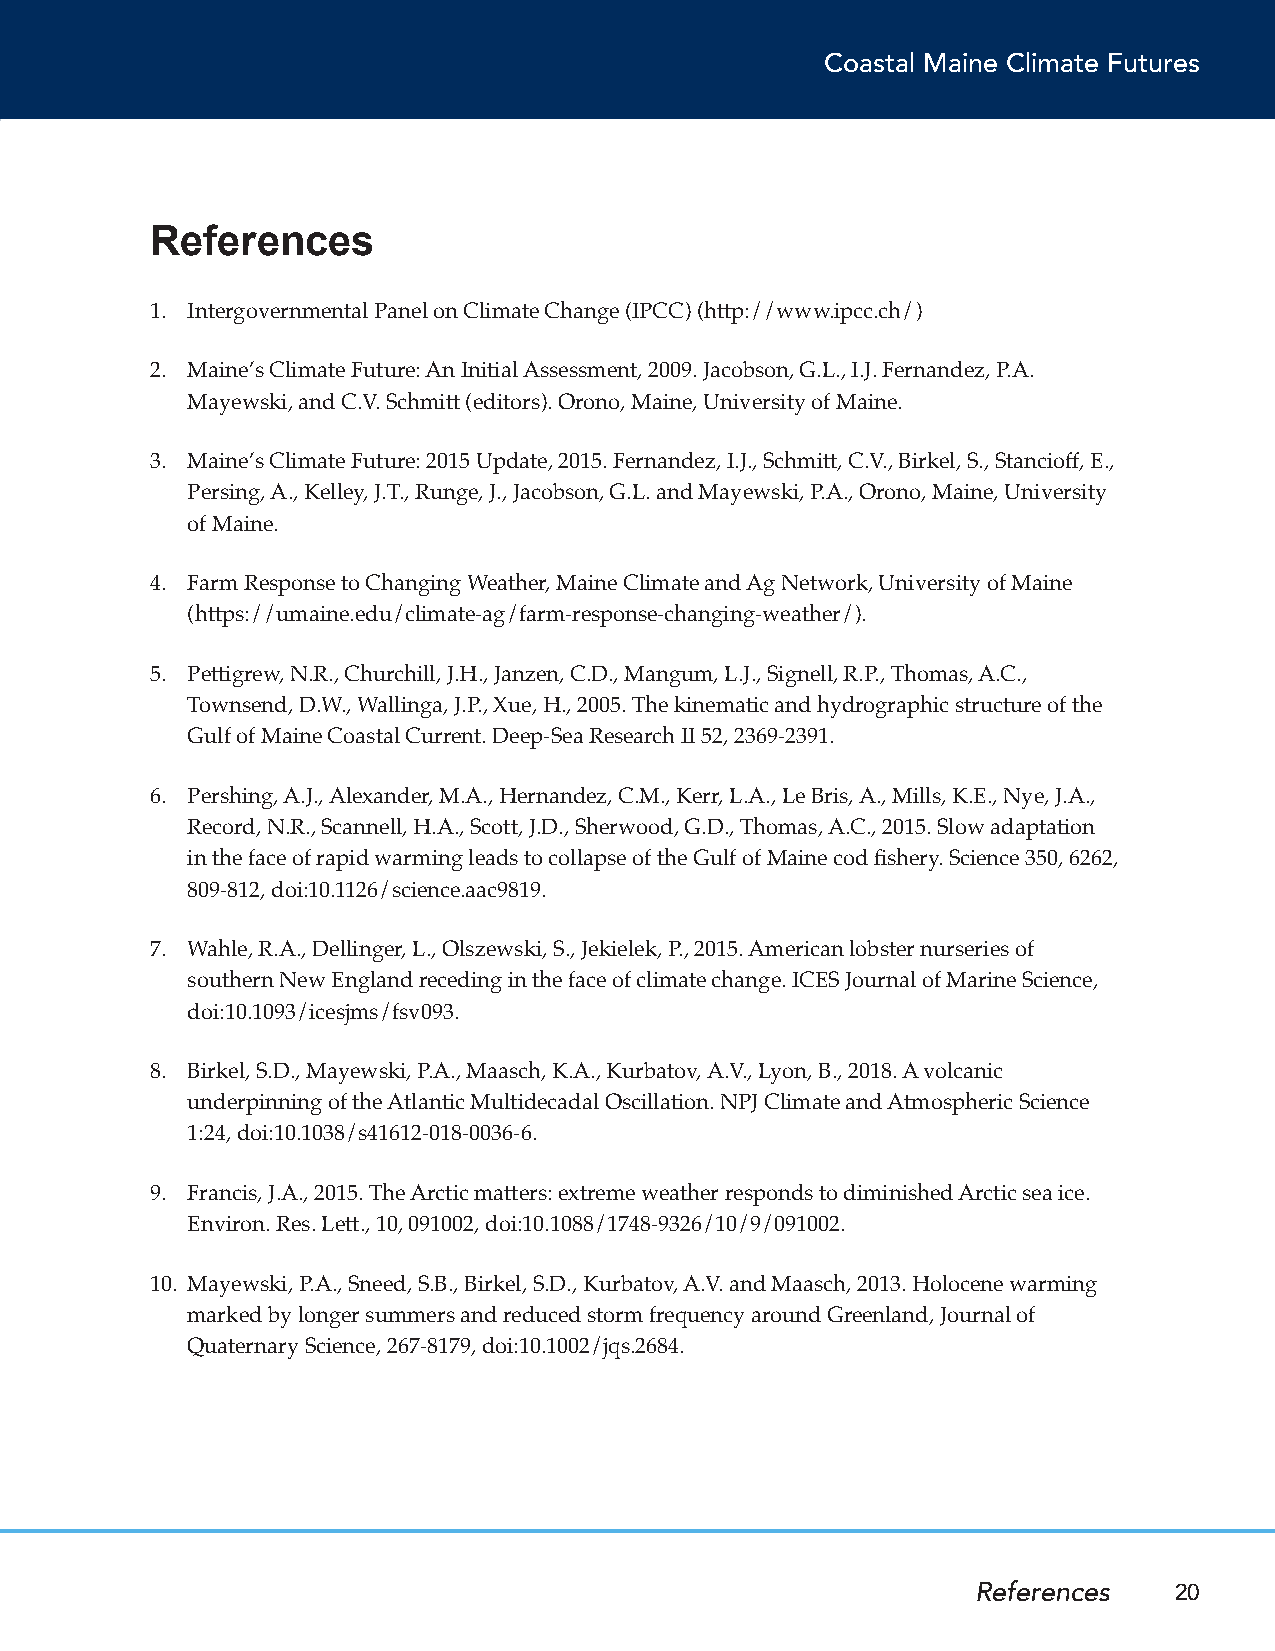
Coastal Maine Climate Futures
 References
 1. Intergovernmental Panel on Climate Change (IPCC) (http://www.ipcc.ch/)
 2. Maine’s Climate Future: An Initial Assessment, 2009. Jacobson, G.L., I.J. Fernandez, P.A.
 Mayewski, and C.V. Schmitt (editors). Orono, Maine, University of Maine.
 3. Maine’s Climate Future: 2015 Update, 2015. Fernandez, I.J., Schmitt, C.V., Birkel, S., Stancioff, E.,
 Persing, A., Kelley, J.T., Runge, J., Jacobson, G.L. and Mayewski, P.A., Orono, Maine, University
 of Maine.
 4. Farm Response to Changing Weather, Maine Climate and Ag Network, University of Maine
 (https://umaine.edu/climate-ag/farm-response-changing-weather/).
 5. Pettigrew, N.R., Churchill, J.H., Janzen, C.D., Mangum, L.J., Signell, R.P., Thomas, A.C.,
 Townsend, D.W., Wallinga, J.P., Xue, H., 2005. The kinematic and hydrographic structure of the
 Gulf of Maine Coastal Current. Deep-Sea Research II 52, 2369-2391.
 6. Pershing, A.J., Alexander, M.A., Hernandez, C.M., Kerr, L.A., Le Bris, A., Mills, K.E., Nye, J.A.,
 Record, N.R., Scannell, H.A., Scott, J.D., Sherwood, G.D., Thomas, A.C., 2015. Slow adaptation
 in the face of rapid warming leads to collapse of the Gulf of Maine cod fishery. Science 350, 6262,
 809-812, doi:10.1126/science.aac9819.
 7. Wahle, R.A., Dellinger, L., Olszewski, S., Jekielek, P., 2015. American lobster nurseries of
 southern New England receding in the face of climate change. ICES Journal of Marine Science,
 doi:10.1093/icesjms/fsv093.
 8. Birkel, S.D., Mayewski, P.A., Maasch, K.A., Kurbatov, A.V., Lyon, B., 2018. A volcanic
 underpinning of the Atlantic Multidecadal Oscillation. NPJ Climate and Atmospheric Science
 1:24,doi:10.1038/s41612-018-0036-6.
 9. Francis, J.A., 2015. The Arctic matters: extreme weather responds to diminished Arctic sea ice.
 Environ. Res. Lett., 10, 091002, doi:10.1088/1748-9326/10/9/091002.
 10. Mayewski, P.A., Sneed, S.B., Birkel, S.D., Kurbatov, A.V. and Maasch, 2013. Holocene warming
 marked by longer summers and reduced storm frequency around Greenland, Journal of
 Quaternary Science, 267-8179, doi:10.1002/jqs.2684.
 References   20